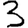
Digit: 3